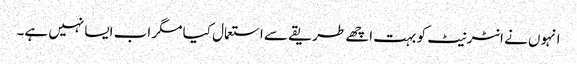
انہوں نے انٹرنیٹ کو بہت اچھے طریقے سے استعمال کیا مگر اب ایسا نہیں ہے۔